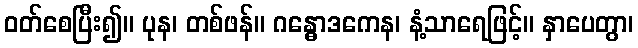
ဝတ်စေပြီး၍။ ပုန၊ တစ်ဖန်။ ဂန္ဓောဒကေန၊ နံ့သာရေဖြင့်။ နှာပေတွာ၊